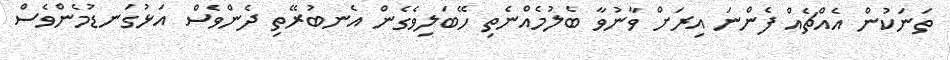
ތަނަކުން އެއްޗެއް ފެންނަ އިރަށް ވާނުވާ ބެލުމެއްނެތި ހޭބަލިވެގެން އެނބުރޭތި ދެންވެސް އަޅުގަނޑުމެންވެސް